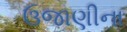
ઉજાણીના